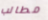
مطالب